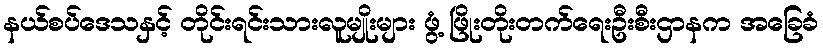
နယ်စပ်ဒေသနှင့် တိုင်းရင်းသားလူမျိုးများ ဖွံ့ ဖြိုးတိုးတက်ရေးဦးစီးဌာနက အခြေခံ